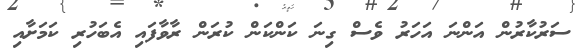
ސަރުކާރުން އަންނަ އަހަރު ވެސް ގިނަ ކަންކަން ކުރަން ރާވާފައި އެބަހުރި ކަމަށާއި